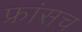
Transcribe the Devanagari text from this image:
फ्रांसच